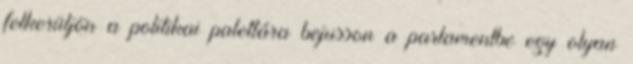
felkerüljön a politikai palettára bejusson a parlamentbe egy olyan